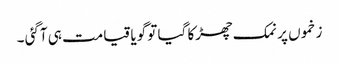
زخموں پر نمک چھڑکا گیا تو گویا قیامت ہی آگئی ۔